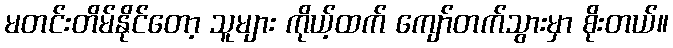
မတင်းတိမ်နိုင်တော့ သူများ ကိုယ့်ထက် ကျော်တက်သွားမှာ စိုးတယ်။